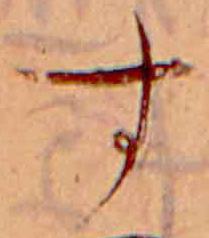
す